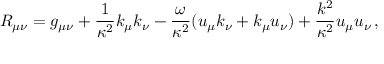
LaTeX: R _ { \mu \nu } = g _ { \mu \nu } + \frac { 1 } { \kappa ^ { 2 } } k _ { \mu } k _ { \nu } - \frac { \omega } { \kappa ^ { 2 } } ( u _ { \mu } k _ { \nu } + k _ { \mu } u _ { \nu } ) + \frac { k ^ { 2 } } { \kappa ^ { 2 } } u _ { \mu } u _ { \nu } \, ,